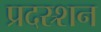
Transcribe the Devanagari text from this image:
प्रदस्र्शन